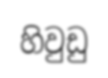
හිවුඩු